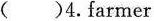
( )4.farmer